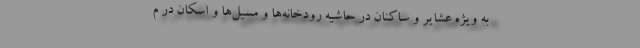
به ویژه عشایر و ساکنان در حاشیه رودخانه‌ها و مسیل‌ها و اسکان در م